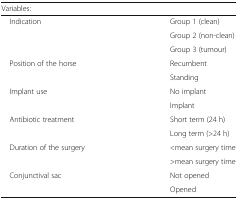
<table><thead><tr><td colspan="2"><b>Variables:</b></td></tr></thead><tbody><tr><td rowspan="3"> Indication</td><td>Group 1 (clean)</td></tr><tr><td>Group 2 (non-clean)</td></tr><tr><td>Group 3 (tumour)</td></tr><tr><td rowspan="2"> Position of the horse</td><td>Recumbent</td></tr><tr><td>Standing</td></tr><tr><td rowspan="2"> Implant use</td><td>No implant</td></tr><tr><td>Implant</td></tr><tr><td rowspan="2"> Antibiotic treatment</td><td>Short term (24 h)</td></tr><tr><td>Long term (&gt;24 h)</td></tr><tr><td rowspan="2"> Duration of the surgery</td><td>&lt;mean surgery time</td></tr><tr><td>&gt;mean surgery time</td></tr><tr><td rowspan="2"> Conjunctival sac</td><td>Not opened</td></tr><tr><td>Opened</td></tr></tbody></table>